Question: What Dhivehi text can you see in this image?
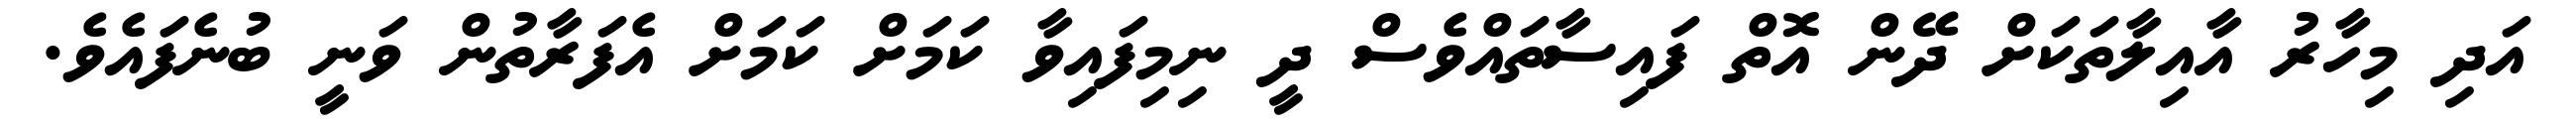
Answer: އަދި މިހާރު އާއިލާތަކަށް ދޭން އޮތް ފައިސާތައްވެސް ދީ ނިމިފައިވާ ކަމަށް ކަމަށް އެފަރާތުން ވަނީ ބުނެފައެވެ.